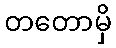
တတောမှိ